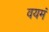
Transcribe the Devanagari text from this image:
वयमं